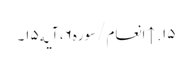
۱۵. ↑ انعام/سوره۶، آیه۱۵۔